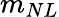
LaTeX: m_{NL}